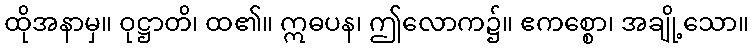
ထိုအနာမှ။ ဝုဋ္ဌာတိ၊ ထ၏။ ဣဓပန၊ ဤလောက၌။ ဧကစ္စော၊ အချို့သော။